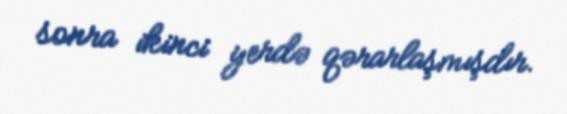
sonra ikinci yerdə qərarlaşmışdır.